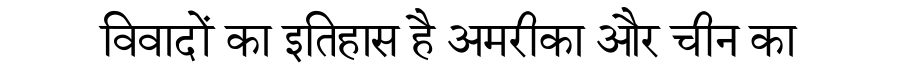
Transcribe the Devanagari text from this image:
विवादों का इतिहास है अमरीका और चीन का